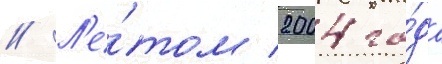
// Л'е́том 2004 го́да